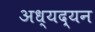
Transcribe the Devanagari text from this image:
अध्यद्यन